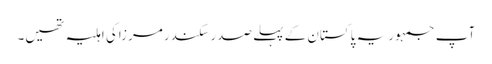
آپ جمہوریہ پاکستان کے پہلے صدرسکندرمرزاکی اہلیہ تھیں۔